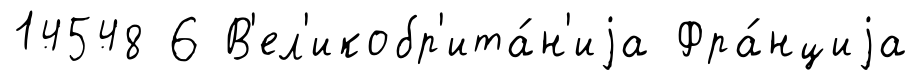
14548 6 В'ел'икобр'ита́н'иjа Фра́нциjа